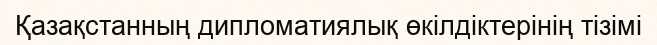
Қазақстанның дипломатиялық өкілдіктерінің тізімі